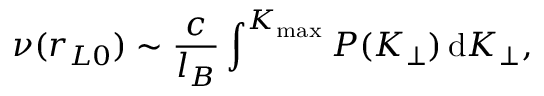
\nu ( r _ { L 0 } ) \sim \frac { c } { l _ { B } } \int ^ { K _ { \mathrm { m a x } } } P ( K _ { \perp } ) \, \mathrm { d } K _ { \perp } ,